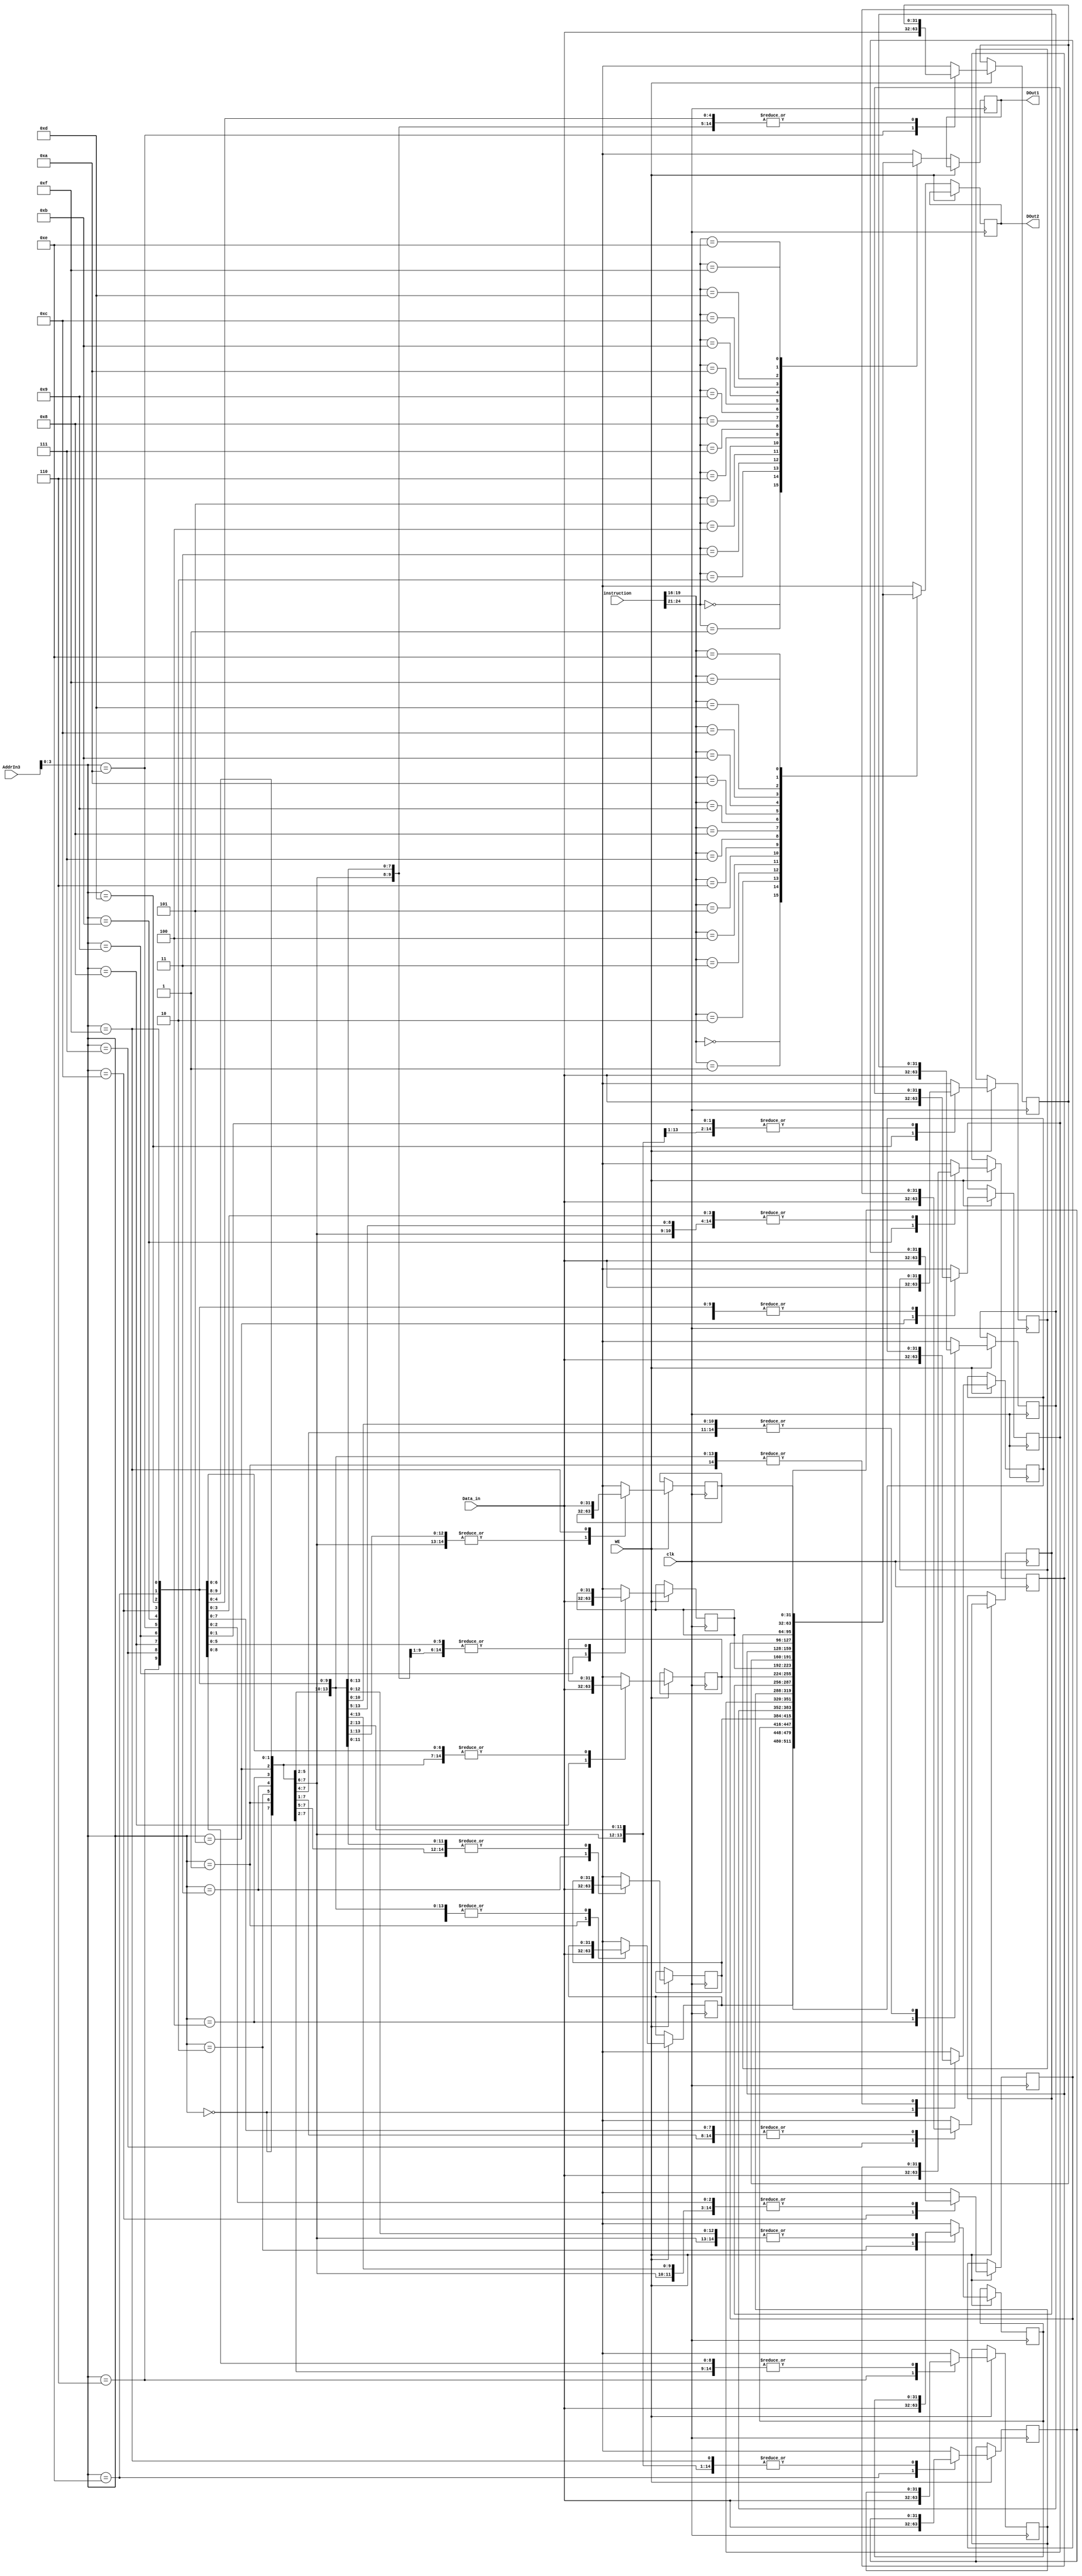
`timescale 1ns / 1ps
//////////////////////////////////////////////////////////////////////////////////
// Company: 
// Engineer: 
// 
// Design Name: 
// Module Name:    register_file 
// Project Name: 
// Target Devices: 
// Tool versions: 
// Description: 
//
// Dependencies: 
//
// Revision: 
// Revision 0.01 - File Created
// Additional Comments: 
//
//////////////////////////////////////////////////////////////////////////////////
module register_file(
    input [31:0] instruction,
    input [31:0] Data_in,
    input WE,
	 input clk,
    input [4:0] AddrIn3,
    output reg [31:0] DOut1,
    output reg [31:0] DOut2
    );
reg [4:0] AddrIn1;
reg [4:0] AddrIn2;
reg [31:0] register_memory [15:0];
integer i;


initial
begin
	AddrIn1 =0;
	AddrIn2 =0;
	for(i = 0; i < 16; i = i + 1)
	begin
		//register_memory[i] <= 32'b0 | (1<<i);
		register_memory[i] <= i;
	end
	//register_memory[14] <= 32'h40000000; //2
	//register_memory[15] <= 32'h3f800000; //1
	register_memory[14] <= 32'h415e6666; //13.9
	register_memory[15] <= 32'h4161999a; //14.1


end




always @ (posedge clk)
begin
	
	AddrIn1 = instruction[25:21];
	AddrIn2 = instruction[20:16];
	
	if(WE == 1'b1)
	begin
		register_memory[AddrIn3] = Data_in;
	end
	else
	begin
		DOut1 = register_memory[AddrIn1];
		DOut2 = register_memory[AddrIn2];
	end
end
endmodule